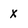
Character: x